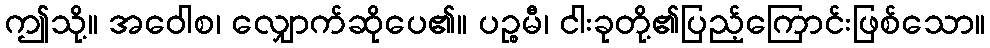
ဤသို့။ အဝေါစ၊ လျှောက်ဆိုပေ၏။ ပဉ္စမီ၊ ငါးခုတို့၏ပြည့်ကြောင်းဖြစ်သော။